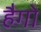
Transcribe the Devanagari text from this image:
हैगो